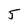
Character: 5